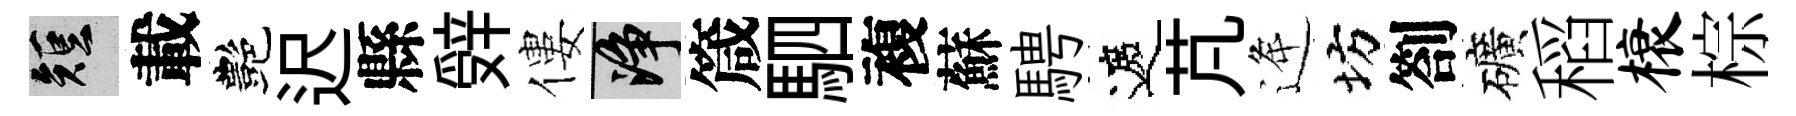
短載艷迟縣辤僂净箴駟複蘇騁遮芃逄坊劄礦稻榱棕